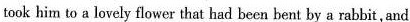
took hin to a lovely flower that had been bent by a rabbit,amd